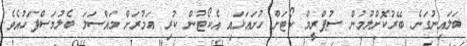
ބަލައިނުގަނެ ބޭރުކޮށްލުމުން ސުޕްރީމް ކޯޓަށް ހުށައަޅައި އެކޯޓުން ކުރި ޢަމުރަށް މައްސަލަ ބެލުމަސްފަހުއެވެ.